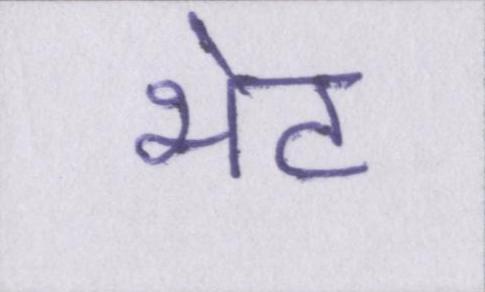
भेट